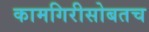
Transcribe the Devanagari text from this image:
कामगिरीसोबतच